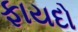
ફાયદો